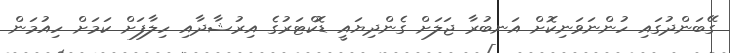
ގޭބަންދުގައި ހުންނަވަނިކޮށް އަނބުރާ ޖަލަށް ގެންދިޔައީ ޑޮކްޓަރުގެ އިރުޝާދާއި ހިލާފަށް ކަމަށް ހިއުމަން